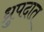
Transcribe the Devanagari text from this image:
ध्रुपदात